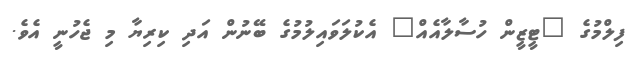
ފިލްމުގެ "ޓީޒީން ހުސާލާއެއް" އެކުލަވައިލުމުގެ ބޭނުން އަދި ކިރިޔާ މި ޖެހުނީ އެވެ.